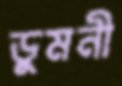
ডুমনী